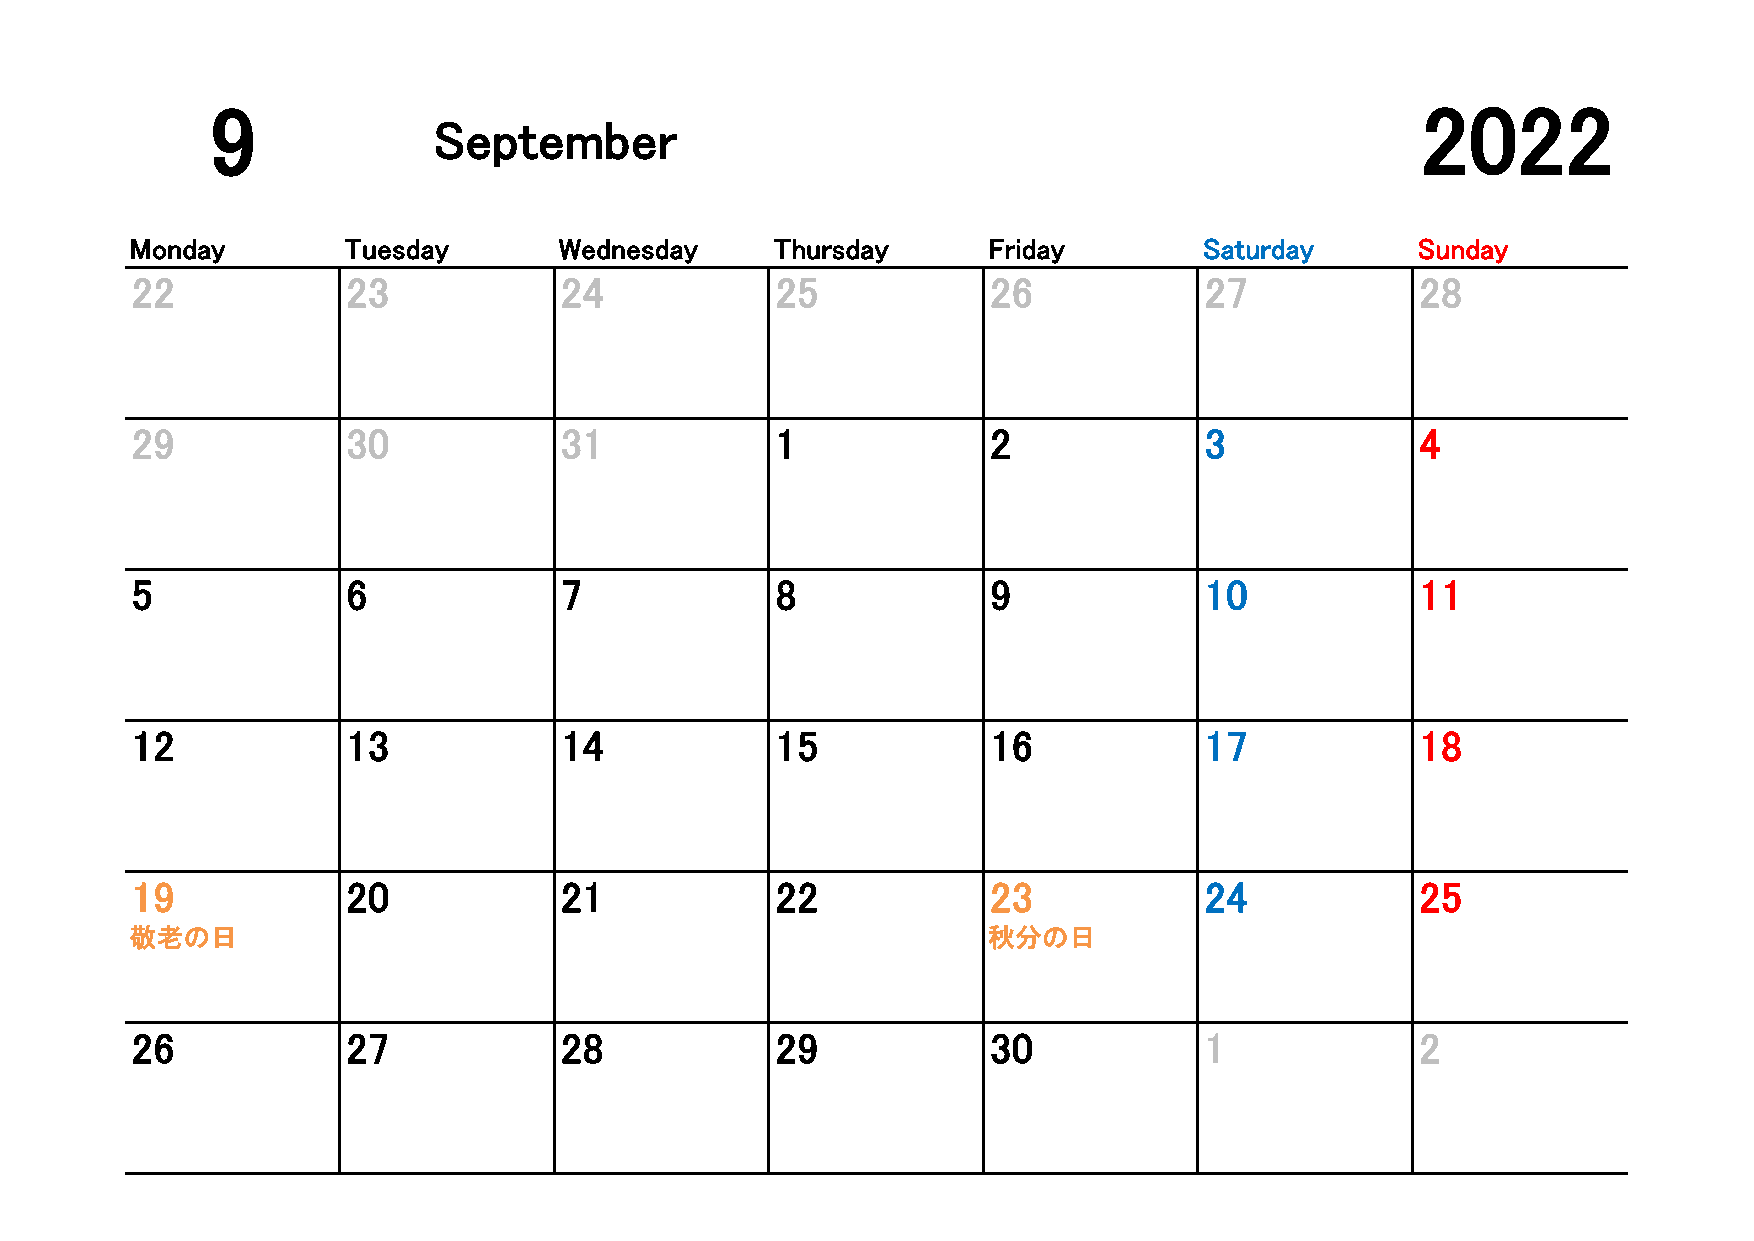
9                                                                               2022
 September
 2022/9/1
 Monday        Tuesday       Wednesday     Thursday      Friday         Saturday      Sunday
 22            23            24            25             26            27            28
 29            30            31            1              2             3             4
 5             6             7             8              9             10            11
 12            13            14            15             16            17            18
 19            20            21            22             23            24            25
 敬老の日                                                    秋分の日
 26            27            28            29             30            1             2